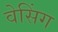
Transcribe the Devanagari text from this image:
वेसिंग